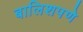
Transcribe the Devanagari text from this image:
बालिशपणे